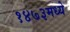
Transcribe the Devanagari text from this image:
१४७३मध्ये